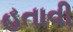
હતાવી